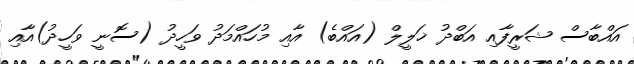
އައްބާސް ޝަރީފާއި އަބްދު ޚަލީލް (އައްބެ) އާއި މުހައްމަދު ވަހީދު (ސޮނީ ވަހީދު)އާއި